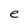
Character: e